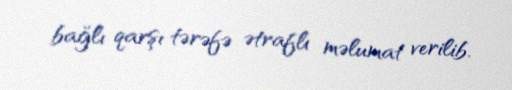
bağlı qarşı tərəfə ətraflı məlumat verilib.